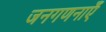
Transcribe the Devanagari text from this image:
जनगणनाएँ